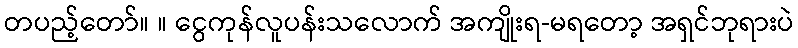
တပည့်တော်။ ။ ငွေကုန်လူပန်းသလောက် အကျိုးရ-မရတော့ အရှင်ဘုရားပဲ